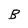
Character: B